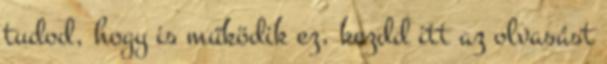
tudod, hogy is működik ez, kezdd itt az olvasást